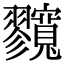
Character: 𡬘